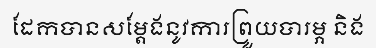
ដែកបានសម្តែងនូវការព្រួយបារម្ភ និង